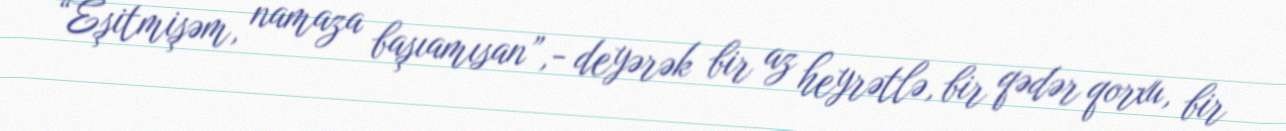
“Eşitmişəm, namaza başıamısan”,- deyərək bir az heyrətlə, bir qədər qorxu, bir